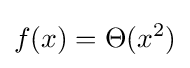
f(x)=\Theta (x^{2})